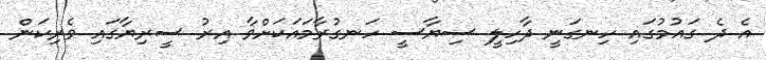
އެ ދެ ގައުމުގައި ހިނގަނީ ދާހިލީ ސިޔާސީ ހަނގުރާމައަކަށްވާ އިރު ސީރިޔާގައި ވެރިކަން